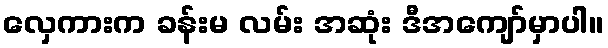
လှေကားက ခန်းမ လမ်း အဆုံး ဒီအကျော်မှာပါ။